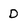
Character: D